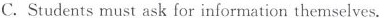
C. Students must ask for information themselves.